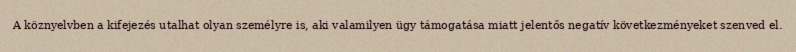
A köznyelvben a kifejezés utalhat olyan személyre is, aki valamilyen ügy támogatása miatt jelentős negatív következményeket szenved el.